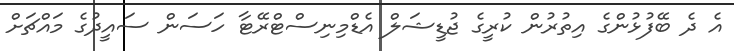
އެ ދެ ބޭފުޅުންގެ އިތުރުން ކުރީގެ ޖުޑީޝަލް އެޑްމިނިސްޓްރޭޓާ ހަސަން ސައީދުގެ މައްޗަށް